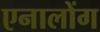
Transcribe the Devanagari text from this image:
एनालोंग